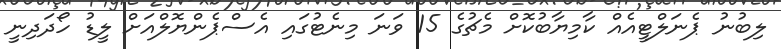
ލިބުނު ޕެނަލްޓީއެއް ކާމިޔާބުކޮށް މެޗުގެ 15 ވަނަ މިނެޓުގައި އެސްޕެންޔޮލްއަށް ލީޑު ހޯދަދިނީ